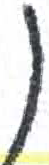
אות: נ